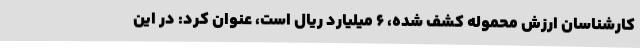
کارشناسان ارزش محموله کشف شده، 6 میلیارد ریال است، عنوان کرد: در این